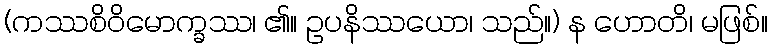
(ကဿစိဝိမောက္ခဿ၊ ၏။ ဥပနိဿယော၊ သည်။) န ဟောတိ၊ မဖြစ်။